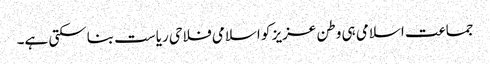
جماعت اسلامی ہی وطن عزیز کو اسلامی فلاحی ریاست بناسکتی ہے۔